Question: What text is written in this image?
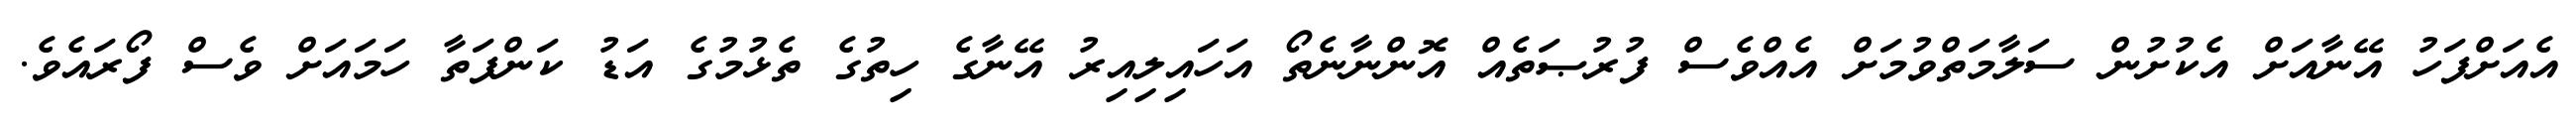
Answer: އެއަށްފަހު އޭނާއަށް އެކުށުން ސަލާމަތްވުމަށް އެއްވެސް ފުރުޞަތެއް އޮންނާނެތޯ އަހައިލިއިރު އޭނާގެ ހިތުގެ ތެޅުމުގެ އަޑު ކަންފަތާ ހަމައަށް ވެސް ފޯރައެވެ.